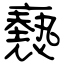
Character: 褻